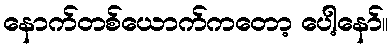
နောက်တစ်ယောက်ကတော့ ပေါ့နော်။